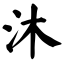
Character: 沐